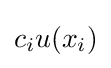
c_{i}u(x_{i})